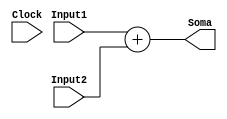
module Add(Input1,Input2,Soma,Clock);
input[31:0] Input1,Input2;
input Clock;
output reg [31:0] Soma;
always @(*) begin
Soma <= Input1 + Input2;
//$display("%b",Soma);
end
endmodule